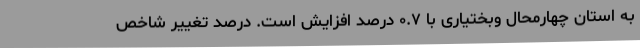
به استان­ چهارمحال وبختیاری با ٠.٧ درصد افزایش است. درصد تغییر شاخص